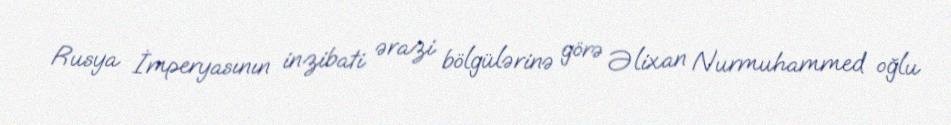
Rusya İmperyasının inzibati ərazi bölgülərinə görə Əlixan Nurmuhammed oğlu